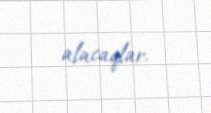
alacaqlar.